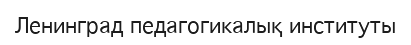
Ленинград педагогикалық институты